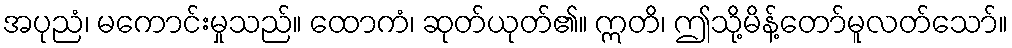
အပုညံ၊ မကောင်းမှုသည်။ ထောကံ၊ ဆုတ်ယုတ်၏။ ဣတိ၊ ဤသို့မိန့်တော်မူလတ်သော်။